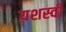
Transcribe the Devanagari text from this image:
य़शस्वी